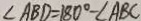
\angle A B D = 1 8 0 ^ { \circ } - \angle A B C